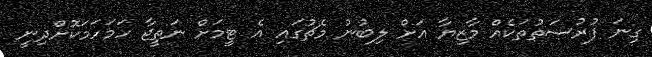
ގިނަ ފުރުސަތުތަކެއް މާޒިޔާ އަށް ލިބުނު މެޗުގައި އެ ޓީމަށް ނަތީޖާ ހަމަހަމަކޮށްދިނީ